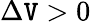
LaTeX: \Delta\mathtt{V}>0